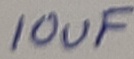
Text: 10uF